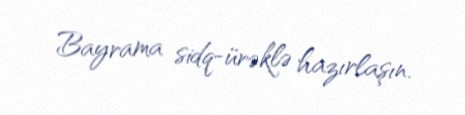
Bayrama sidq-ürəklə hazırlaşın.